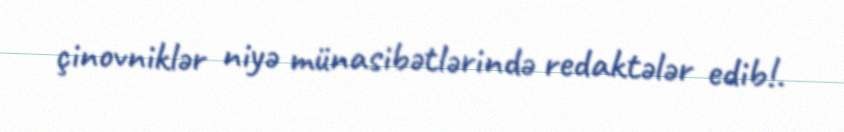
çinovniklər niyə münasibətlərində redaktələr edib!.